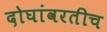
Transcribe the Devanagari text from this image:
दोघांवरतीच